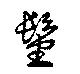
髽